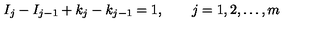
I _ { j } - I _ { j - 1 } + k _ { j } - k _ { j - 1 } = 1 , \qquad j = 1 , 2 , \ldots , m